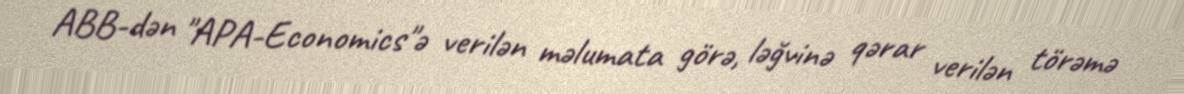
ABB-dən "APA-Economics"ə verilən məlumata görə, ləğvinə qərar verilən törəmə